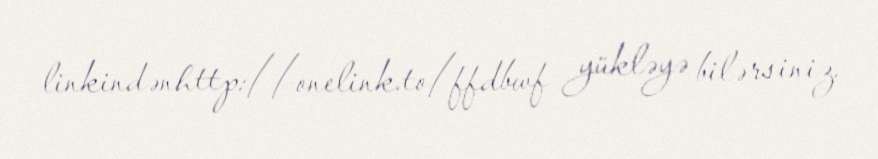
linkindənhttp://onelink.to/ffdbwf yükləyə bilərsiniz.